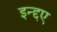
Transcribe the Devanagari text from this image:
इन्द्दए